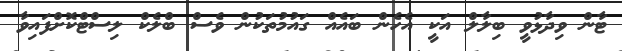
ޓާން ވިދާޅުވީ ބިލާލް އަކީ އެހެން ބައެއް ގައުމުތަކުން ވެސް ބްލެކް ލިސްޓްކޮށްފައިވާ